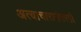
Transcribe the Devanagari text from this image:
अत्याचारानंतरही